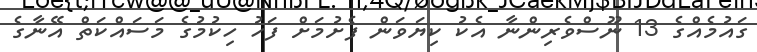
ގައުމެއްގެ 13 ނޫސްވެރިންނާ އެކު ކިޔަވަން ފެށުމަށް ފަހު ހިކުމުގެ މަސައްކަތް އޭނާގެ